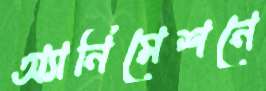
অ্যানিমেশনে